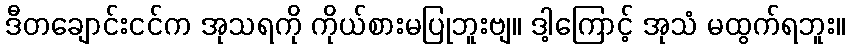
ဒီတချောင်းငင်က အုသရကို ကိုယ်စားမပြုဘူးဗျ။ ဒါ့ကြောင့် အုသံ မထွက်ရဘူး။